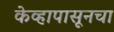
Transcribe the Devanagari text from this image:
केव्हापासूनचा